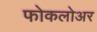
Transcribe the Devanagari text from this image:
फोकलोअर